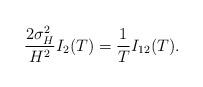
LaTeX: \begin{align*} \frac{2\sigma^2_H}{H^2} I_2(T)=\frac{1}{T}I_{12}(T).\end{align*}